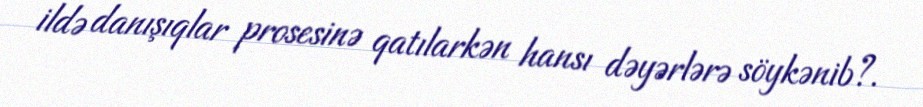
ildə danışıqlar prosesinə qatılarkən hansı dəyərlərə söykənib?.